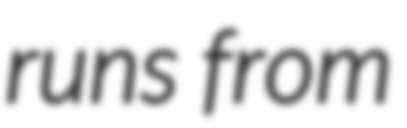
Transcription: runs from